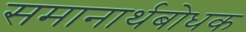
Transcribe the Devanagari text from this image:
समानार्थबोधक